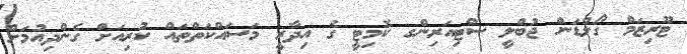
ޓޫރިޒަމް ގޯލްޑަން ޖުބްލީ ސްޓިއަރިންގ ކޮމިޓީ ގެ އިދާރީ މަސައްކަތްތައް ކުރިއަށް ގެންދިއުމަށް